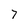
Character: 7